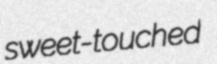
sweet-touched